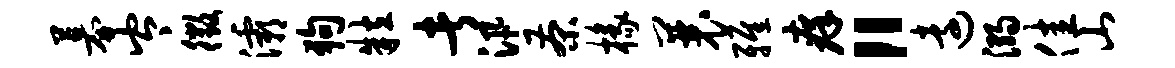
募岑徵灞狗粒者汛茶椽曩雅痒“远溺佳山